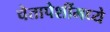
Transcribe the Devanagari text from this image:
चेतापेशींमध्ये